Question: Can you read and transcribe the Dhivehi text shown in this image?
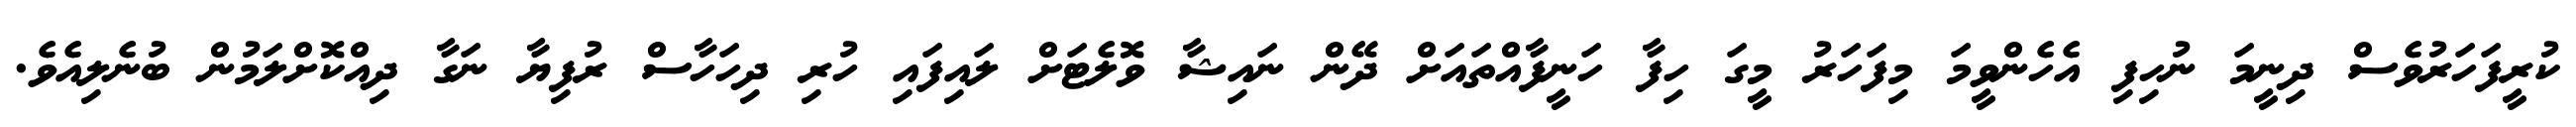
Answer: ކުރީފަހަރުވެސް ދިނީމަ ނުހިފި އެހެންވީމަ މިފަހަރު މީގަ ހިފާ ހަނީފާއްތައަށް ދޭން ނައިޝާ ވޮލެޓަށް ލައިފައި ހުރި ދިހަހާސް ރުފިޔާ ނަގާ ދިއްކޮށްލަމުން ބުނެލިއެވެ.